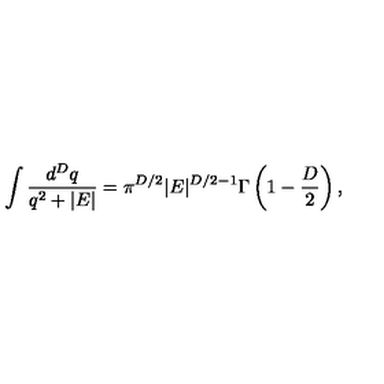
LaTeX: \int \frac { d ^ { { D } } q } { q ^ { 2 } + | E | } = \pi ^ { { D } / 2 } | E | ^ { { D } / 2 - 1 } \Gamma \left( 1 - \frac { D } { 2 } \right) ,